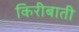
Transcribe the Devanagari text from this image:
किरीबाती